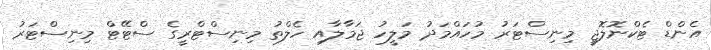
އެންޑް ޓެކްނޮލޮޖީ މިނިސްޓަރު މުހައްމަދު މަލީހު ޖަމާލާއި ހެލްތު މިނިސްޓްރީގެ ސްޓޭޓް މިނިސްޓަރު